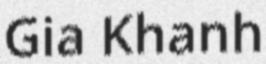
Gia Khanh